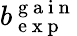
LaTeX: b_{\mathrm{~e~x~p~}}^{\mathrm{~g~a~i~n~}}